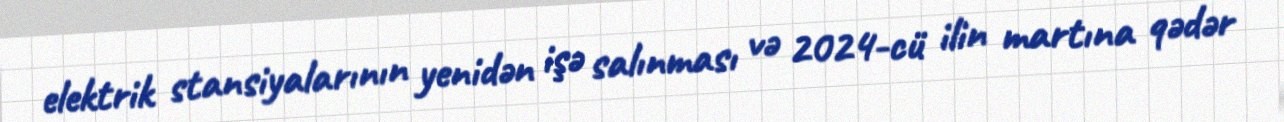
elektrik stansiyalarının yenidən işə salınması və 2024-cü ilin martına qədər